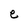
Character: e